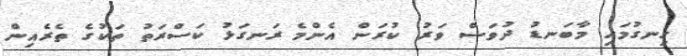
ހިނގުމަޚި މާބަނޑު ދުވަސް ވަރު ކުރަން އެންމެ ރަނގަޅު ކަސްރަތު ތަކުގެ ތެރެއިން